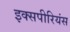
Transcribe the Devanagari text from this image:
इक्सपीरियंस